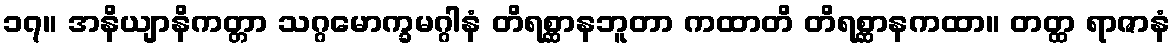
၁၇။ အနိယျာနိကတ္တာ သဂ္ဂမောက္ခမဂ္ဂါနံ တိရစ္ဆာနဘူတာ ကထာတိ တိရစ္ဆာနကထာ။ တတ္ထ ရာဇာနံ